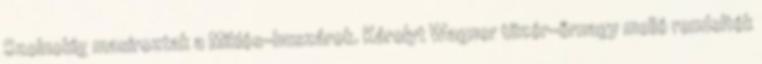
Szolnokig masiroztak a Miklós-huszárok. Károlyt Wagner tüzér-őrnagy mellé rendelték